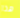
هذا